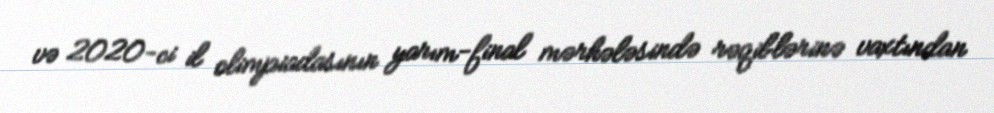
və 2020-ci il olimpiadasının yarım-final mərhələsində rəqiblərinə vaxtından